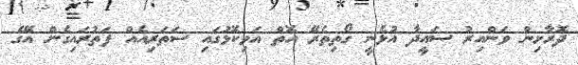
ދޮރާށިން ވަންއިރު ސައީދާ އުޅެނީ ގޯތިތެރޭ އޮތް އަވިކޮޅުގައި ސަތަރިއެއް ފަތުރައިގެން އޭގެ